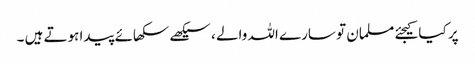
پر کیا کیجئے مسلمان تو سارے اللہ والے ، سیکھے سکھائے پیدا ہوتے ہیں ۔